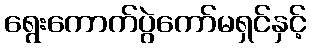
ရွေးကောက်ပွဲကော်မရှင်နှင့်